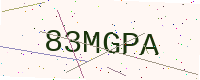
Text: 83MGPA